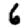
Digit: 6